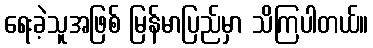
ရေးခဲ့သူအဖြစ် မြန်မာပြည်မှာ သိကြပါတယ်။